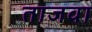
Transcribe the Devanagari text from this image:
ताजवा